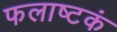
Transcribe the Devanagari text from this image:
फलाष्टकं